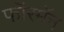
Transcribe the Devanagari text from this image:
फॉरमॅन